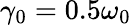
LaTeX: \gamma_{0}=0.5\omega_{0}